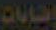
إنقابات